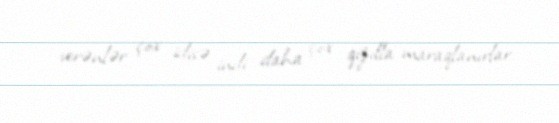
verənlər çox idisə indi daha çox qızılla maraqlanırlar.